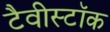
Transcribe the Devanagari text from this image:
टैवीस्टॉक